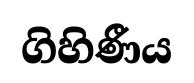
ගිහිණීය